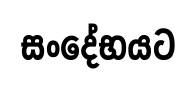
සංදේභයට